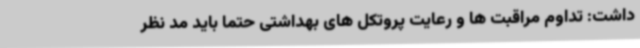
داشت: تداوم مراقبت ها و رعایت پروتکل های بهداشتی حتما باید مد نظر